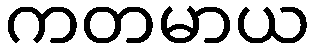
ကတမာယ